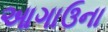
આગાઉના